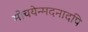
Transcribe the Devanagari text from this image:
मोचयेन्मदनादपि